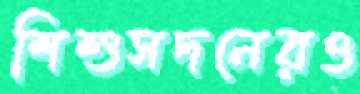
শিশুসদনেরও